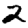
Digit: 2